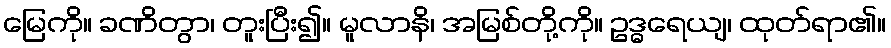
မြေကို။ ခဏိတွာ၊ တူးပြီး၍။ မူလာနိ၊ အမြစ်တို့ကို။ ဥဒ္ဓရေယျ၊ ထုတ်ရာ၏။